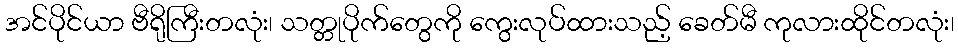
အင်ပိုင်ယာ ဗီရိုကြီးတလုံး၊ သတ္တုပိုက်တွေကို ကွေးလုပ်ထားသည့် ခေတ်မီ ကုလားထိုင်တလုံး၊